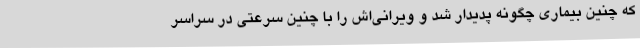
که چنین بیماری‌ چگونه پدیدار شد و ویرانی‌اش را با چنین سرعتی در سراسر